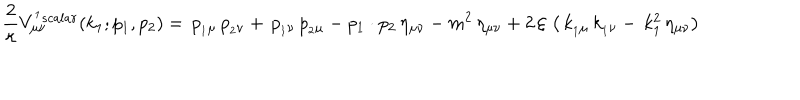
\displaystyle { \frac { 2 } { \kappa } } V _ { \mu \nu } ^ { ^ 1 { s c a l a r } } ( k _ { 1 } ; p _ { 1 } , p _ { 2 } ) = \, p _ { _ 1 \mu } \, p _ { _ 2 \nu } + \, p _ { _ 1 \nu } \, p _ { _ 2 \mu } - p _ { 1 } \cdot p _ { 2 } \, \eta _ { \mu \nu } - { m ^ { 2 } } \, \eta _ { \mu \nu } + 2 \, \xi \, \left( \, k _ { _ 1 \mu } \, k _ { _ 1 \nu } - \, k _ { 1 } ^ { 2 } \, \eta _ { \mu \nu } \right)